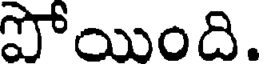
పోయింది.